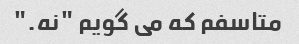
متاسفم که می گویم "نه."